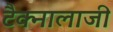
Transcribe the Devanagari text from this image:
टैक्नालाजी